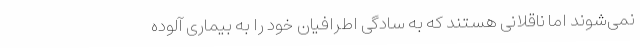
نمی‌شوند اما ناقلانی هستند که به سادگی اطرافیان خود را به بیماری آلوده